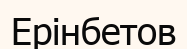
Ерінбетов